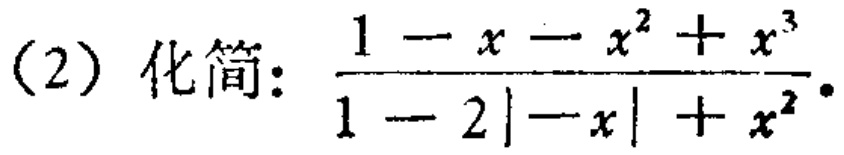
(2) 化简: $\frac{1 - x - x^{2}+x^{3}}{1 - 2|-x|+x^{2}}$。